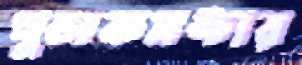
পুলকসঙ্চার